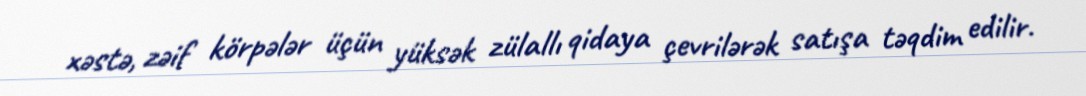
xəstə, zəif körpələr üçün yüksək zülallı qidaya çevrilərək satışa təqdim edilir.